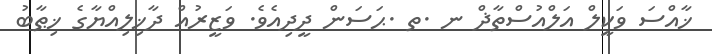
ޚާއްސަ ވަކީލް އަލްއުސްތާޛް ނ .ތ .ޙަސަން ދީދިއެވެ. ވަޒީރުއް ދާޚިލިއްޔާގެ ޚިޠާބު